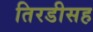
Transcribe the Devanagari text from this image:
तिरडीसह